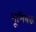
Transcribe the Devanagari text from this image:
भूमिबद्ध